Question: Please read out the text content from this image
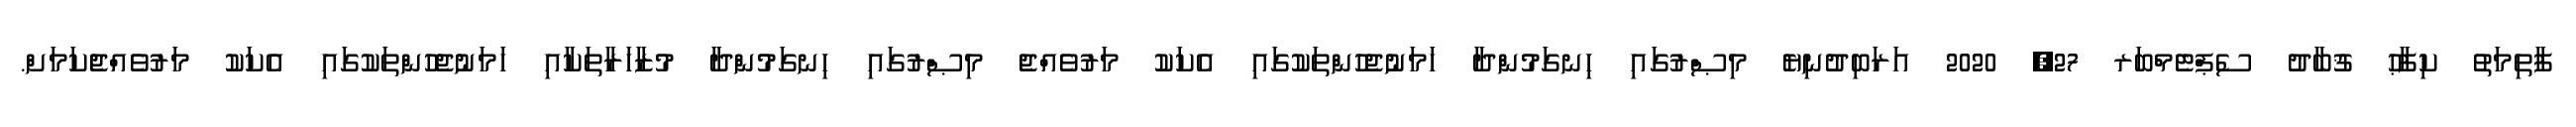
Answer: ފާތިމަތު ކިފާޙު ޤުބާދު ސެޕްޓެމްބަރ 27, 2020 އަރަބިދުނިޔެ މިޞްރުގައި ހިނގަމުންދާ ހަމަނުޖެހުންތަކުގައި އެކަކު މަރުވެއްޖެ މިޞްރުގައި ހިނގަމުންދާ މުޒާހަރާތަކާއި ހަމަނުޖެހުންތަކުގައި އެކަކު މަރުވެއްޖެކަމަށް.